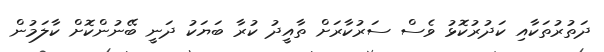
ދަތުރުތަކާއި ކަދުރުކޮޅު ވެސް ސަރުކާރަށް ތާއީދު ކުރާ ބަޔަކު ދަނީ ބޭނުންކޮށް ކާލަމުން